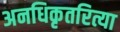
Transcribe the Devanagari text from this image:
अनधिकृतरित्या